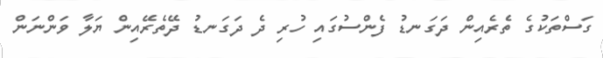
ގަސްތަކުގެ ތެރެއިން ދަގަނޑު ފެންސުގައި ހުރި ދެ ދަގަނޑު ދޭތެރޭއިން ޔަލާ ވަންނަން